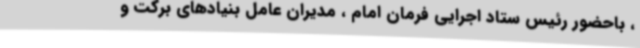
، باحضور رئیس ستاد اجرایی فرمان امام ، مدیران عامل بنیادهای برکت و